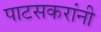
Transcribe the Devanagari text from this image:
पाटसकरांनी